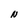
Character: N